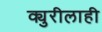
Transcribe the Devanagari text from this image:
क्युरीलाही